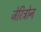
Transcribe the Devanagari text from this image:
जेरिट्रोन